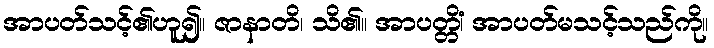
အာပတ်သင့်၏ဟူ၍။ ဇာနာတိ၊ သိ၏။ အာပတ္တိံ၊ အာပတ်မသင့်သည်ကို။